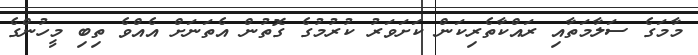
މާމަގެ ސަލާމަތާއި ރައްކާތެރިކަން ކަށަވަރު ކުރުމުގެ ގޮތުން އެތަނަށް އެއްވެ ތިބި މީހުންގެ